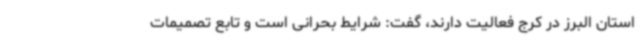
استان البرز در کرج فعالیت دارند، گفت: شرایط بحرانی است و تابع تصمیمات